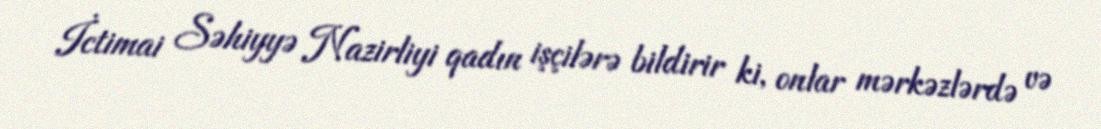
İctimai Səhiyyə Nazirliyi qadın işçilərə bildirir ki, onlar mərkəzlərdə və